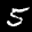
Label: 5